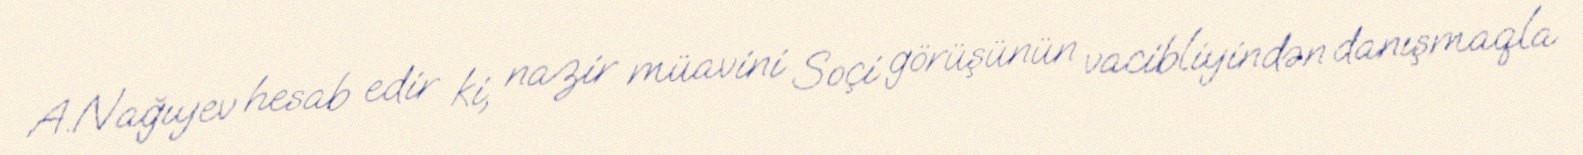
A.Nağıyev hesab edir ki, nazir müavini Soçi görüşünün vacibliyindən danışmaqla